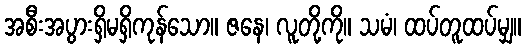
အစီးအပွားရှိမရှိကုန်သော။ ဇနေ၊ လူတို့ကို။ သမံ၊ ထပ်တူထပ်မျှ။